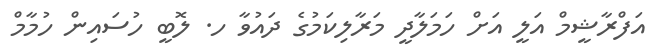
އަފްރާޝީމް އަލީ އަށް ހަމަލާދީ މަރާލިކަމުގެ ދައުވާ ހ. ލޮބީ ހުސައިން ހުމާމް